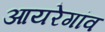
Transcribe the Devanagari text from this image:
आयरेगांव